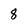
Character: 8